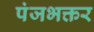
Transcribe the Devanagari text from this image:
पंजभक्तर